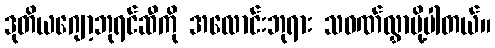
ဒုတိယဂျော့ဘုရင်ဆီကို အလောင်းဘုရား သဝဏ်လွှာပို့ပါတယ်။